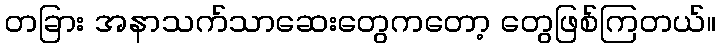
တခြား အနာသက်သာဆေးတွေကတော့ တွေဖြစ်ကြတယ်။